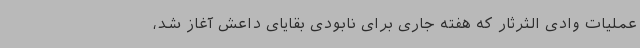
عملیات وادی الثرثار که هفته جاری برای نابودی بقایای داعش آغاز شد،